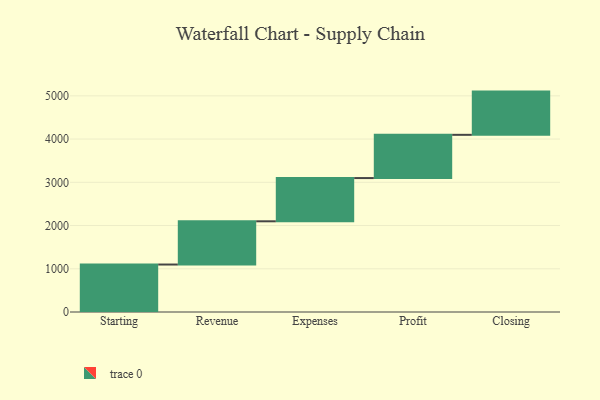
{"axis": {"x": "Step", "y": "Value"}, "legend": [""], "data": [{"x": "Starting", "y": 1098.0, "type": ""}, {"x": "Revenue", "y": 1000, "type": ""}, {"x": "Expenses", "y": 1000, "type": ""}, {"x": "Profit", "y": 1000, "type": ""}, {"x": "Closing", "y": 1000, "type": ""}]}